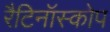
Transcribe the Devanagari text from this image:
रैटिनॉस्कोप